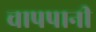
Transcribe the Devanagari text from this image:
चापपानी